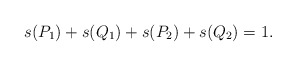
\begin{align*} s(P_1)+s(Q_1)+s(P_2)+s(Q_2)=1.\end{align*}